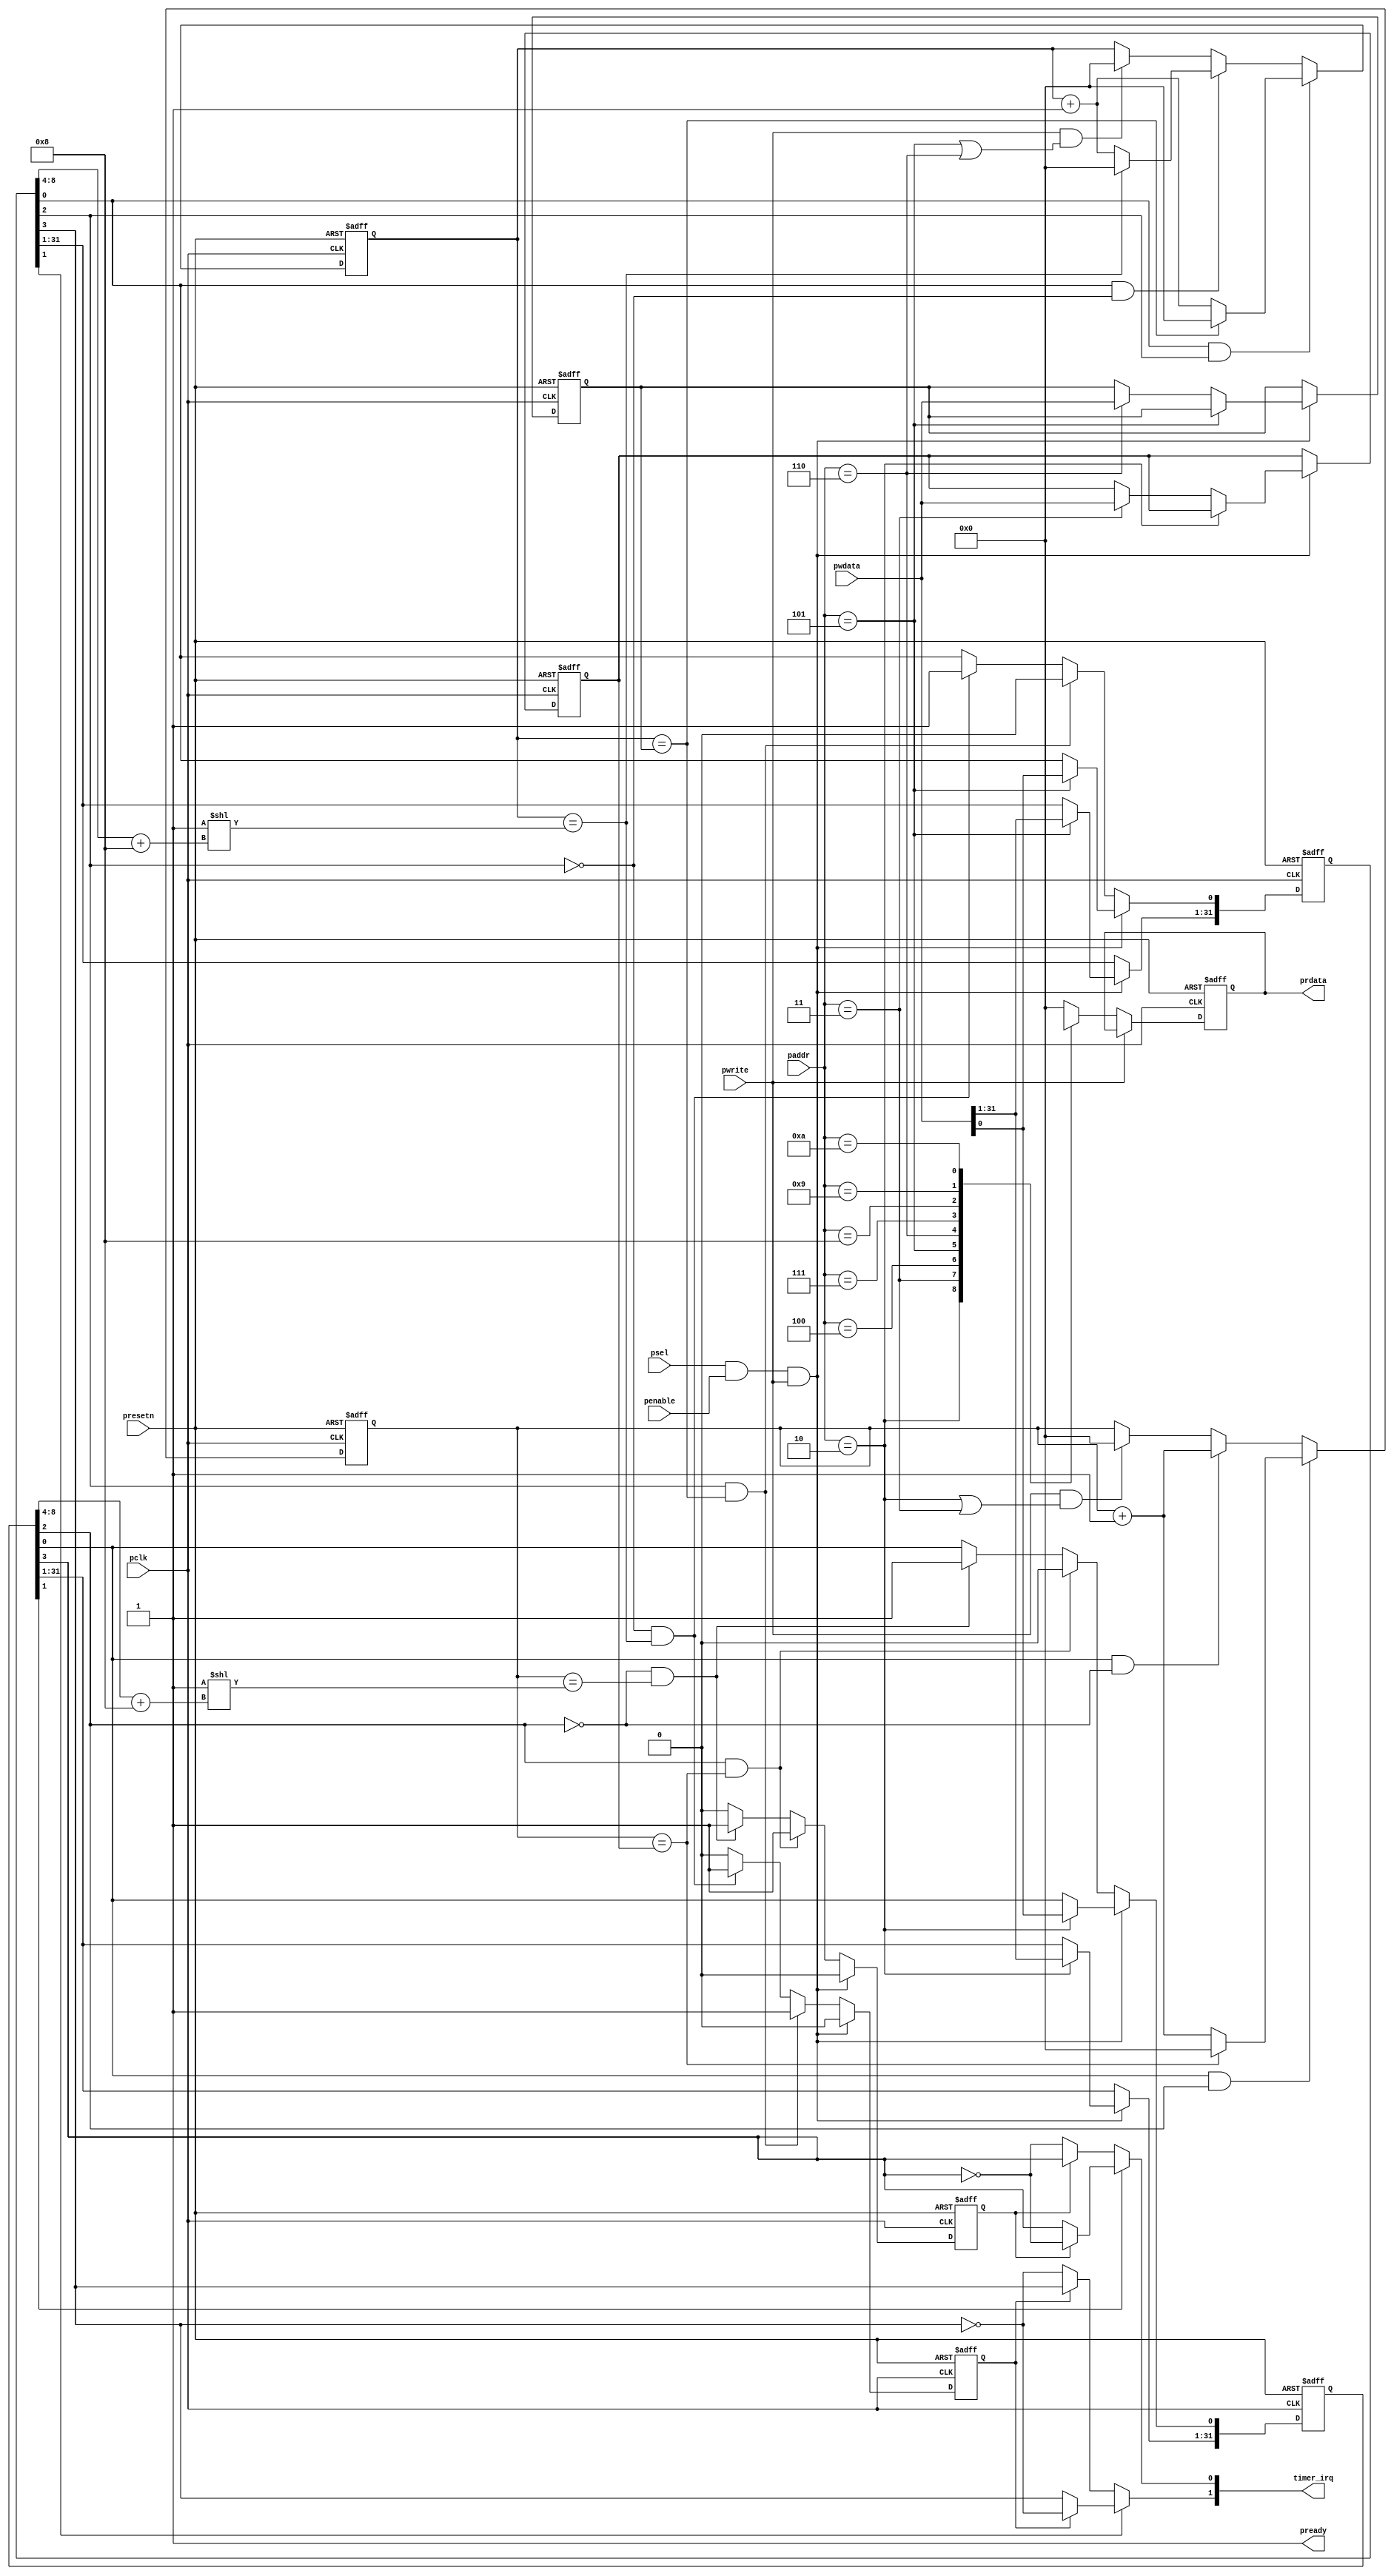
module timerapb (
    input               pclk,
    input               presetn,
    input               penable,
    input               psel,
    input   [31:0]      paddr,
    input               pwrite,
    input   [31:0]      pwdata,
    output              pready,
    output  reg[31:0]      prdata,
    output  [7:0]       timer_irq

);
reg  [31:0]  timer0status;
reg  [31:0] timer0count;
reg  [31:0] timer0_value;
reg  [31:0]  timer1status;
reg  [31:0] timer1count;
reg  [31:0] timer1_value;
reg  [31:0]  timer2status;
reg  [31:0] timer2count;
reg  [31:0] timer2_value;
reg   timer_irqr0;
reg   timer_irqr1;
reg direction;
//timerxstatus[0]   ----->timer1's enable,
//timerxstatus[1]   ----->timer1's int enable,
//timerxstatus[2]   ----->timer1's function 0display free; 1 display custom,
                        //in this design free means the counter begin from 0 to the max value and overflowed back to zero for loop
                        //customer means the counter begin from 0 to customer threshold and back to 0 immediatly
//timerxstatus[3]   ----->timer1's int polarity, 0 equl posedge vaild and 1 is either
//timerxstatus[4~8] ----->timer1's width ;width equal timerxstatus[4-8] plus eight
/****************************************************************************************/
`define Timer0Ctrl  32'h2
`define Timer0Value  32'h3
`define Timer0Counter  32'h4

`define Timer1Ctrl  32'h5
`define Timer1Value  32'h6
`define Timer1Counter  32'h7

`define Timer2Ctrl  32'h8
`define Timer2Value  32'h9
`define Timer2Counter  32'ha
    assign pready = 1'b1;
    always @(posedge pclk or negedge presetn) begin
        if (!presetn)begin
            prdata <= 'b0;
        end else if (!pwrite)begin
            case(paddr)
                `Timer0Ctrl:    prdata <= timer0status;
                `Timer0Value:   prdata <= timer0_value;
                `Timer0Counter: prdata <= timer0count;
                `Timer1Ctrl:    prdata <= timer1status;
                `Timer1Value:   prdata <= timer1_value;
                `Timer1Counter: prdata <= timer1count;
                `Timer2Ctrl:    prdata <= timer2status;
                `Timer2Value:   prdata <= timer2_value;
                `Timer2Counter: prdata <= timer2count;
                default:        prdata <= 'b0;
            endcase
        end
    end
    
/***********************************TIMER1***********************************************/

assign timer_irq[0] = timer0status[1] ? (timer_irqr0 ? (~timer0status[3]):timer0status[3] )   
                                    : (timer_irqr0 ? (timer0status[3]):~timer0status[3] );//
    always @(posedge pclk or negedge presetn) begin
        if(!presetn)begin
            timer0count <= 'b0;
        end else if (timer0status[0]&&timer0status[2])begin
            if (timer0count ==timer0_value)begin
                timer0count <= 'b0;
            end else begin
                timer0count <= timer0count + 32'b1;
            end
        end else if(timer0status[0]&&!timer0status[2])begin
            timer0count <= timer0count + 32'b1;
            
        end else if(pwrite&&(paddr ==`Timer0Ctrl||paddr ==`Timer0Value))begin
            timer0count <= 'b0;
        end
    end

    always @(posedge pclk or negedge presetn) begin
        if(!presetn)begin
            timer0status <= 'b0;
            timer0_value <= 'b0;
            timer_irqr0   <= 'b0;
        end else if(psel&&penable&&pwrite)begin
            timer_irqr0   <= 'b0;
            if (paddr ==`Timer0Ctrl)begin
                timer0status <= pwdata;
            end else if(paddr ==`Timer0Value)begin
                timer0_value  <= pwdata;
            end else begin
                timer0status <= timer0status;
                timer0_value  <= timer0_value;
            end
        end else begin
            if (timer0status[2]&&timer0count ==timer0_value)begin
                timer0status[0] <= 'b0;
                timer_irqr0   <= 'b1;
            end else if(!timer0status[2]&&timer0count ==2**(timer0status[8:4]+5'd8))begin
                timer0status[0] <= 'b1;
                timer_irqr0   <= 'b1;
            end else begin
                timer0status[0] <= timer0status[0];
                timer_irqr0   <= 'b0;
            end

        end
    end
    
/***********************************TIMER2***********************************************/
assign timer_irq[1] = timer1status[1] ? (timer_irqr1 ? (~timer1status[3]):timer1status[3] )   
                                    : (timer_irqr1 ? (timer1status[3]):~timer1status[3] );//
    always @(posedge pclk or negedge presetn) begin
        if(!presetn)begin
            timer1count <= 'b0;
        end else if (timer1status[0]&&timer1status[2])begin
            if (timer1count ==timer1_value)begin
                timer1count <= 'b0;
            end else begin
                timer1count <= timer1count + 32'b1;
            end
        end else if(timer1status[0]&&!timer1status[2])begin
            if(timer1count == 2**(timer1status[8:4]+5'd8))begin
                timer1count <= 'b0;
            end else begin
                timer1count <= timer1count + 32'b1;
            end
            
        end else if(pwrite&&(paddr ==`Timer1Ctrl||paddr ==`Timer1Value))begin
            timer1count <= 'b0;
        end
    end

    always @(posedge pclk or negedge presetn) begin
        if(!presetn)begin
            timer1status <= 'b0;
            timer1_value <= 'b0;
            timer_irqr1   <= 'b0;
        end else if(psel&&penable&&pwrite)begin
            timer_irqr1   <= 'b0;
            if (paddr ==`Timer1Ctrl)begin
                timer1status <= pwdata;
            end else if(paddr ==`Timer1Value)begin
                timer1_value  <= pwdata;
            end else begin
                timer1status <= timer1status;
                timer1_value  <= timer1_value;
            end
        end else begin
            if (timer1status[2]&&timer1count ==timer1_value)begin
                timer1status[0] <= 'b0;
                timer_irqr1   <= 'b1;
            end else if(!timer1status[2]&&timer1count ==2**(timer1status[8:4]+5'd8))begin
                timer1status[0] <= 'b1;
                timer_irqr1   <= 'b1;
            end else begin
                timer1status[0] <= timer1status[0];
                timer_irqr1   <= 'b0;
            end

        end
    end
/***********************************TIMER3***********************************************/  
endmodule